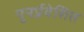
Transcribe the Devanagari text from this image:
पुनर्प्रवेशित